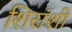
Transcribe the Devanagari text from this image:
शिरांशी